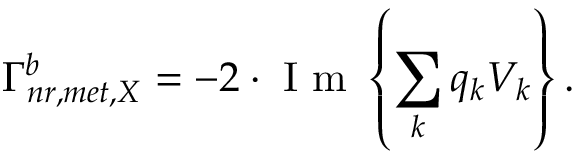
\Gamma _ { n r , m e t , X } ^ { b } = - 2 \cdot \mathrm { ~ I ~ m ~ } \left\{ \sum _ { k } q _ { k } V _ { k } \right\} .